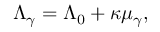
\Lambda _ { \gamma } = \Lambda _ { 0 } + \kappa \mu _ { \gamma } ,